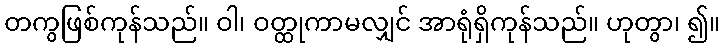
တကွဖြစ်ကုန်သည်။ ဝါ၊ ဝတ္ထုကာမလျှင် အာရုံရှိကုန်သည်။ ဟုတွာ၊ ၍။